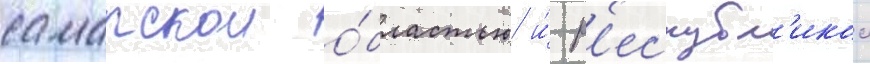
самарскои о́бластью и́ р'еспубл'икои